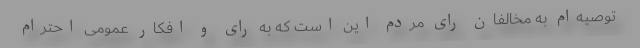
توصیه‌ام به مخالفان راًی مردم این است که به رای و افکار عمومی احترام